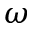
\omega